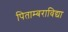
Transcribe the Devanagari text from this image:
पिताम्बराविद्या